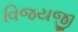
વિજયજી